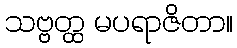
သဗ္ဗတ္ထ မပရာဇိတာ။